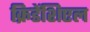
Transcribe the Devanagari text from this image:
क्रिडेंशिएल